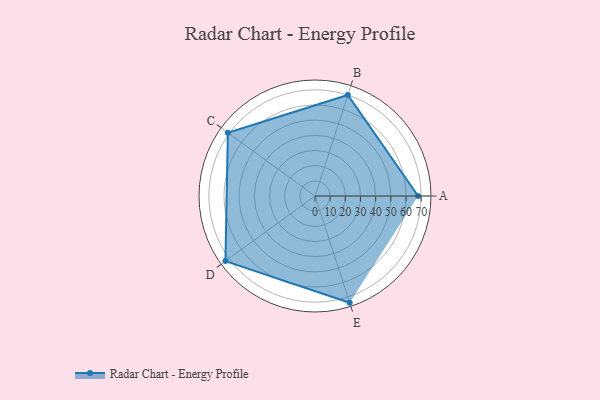
{"axis": {"x": "Skill", "y": "Score"}, "legend": ["Profile"], "data": [{"x": "A", "y": 68.0, "type": "Profile"}, {"x": "B", "y": 70.0, "type": "Profile"}, {"x": "C", "y": 71.0, "type": "Profile"}, {"x": "D", "y": 73.0, "type": "Profile"}, {"x": "E", "y": 74.0, "type": "Profile"}]}